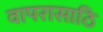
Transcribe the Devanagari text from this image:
वापरासाठि